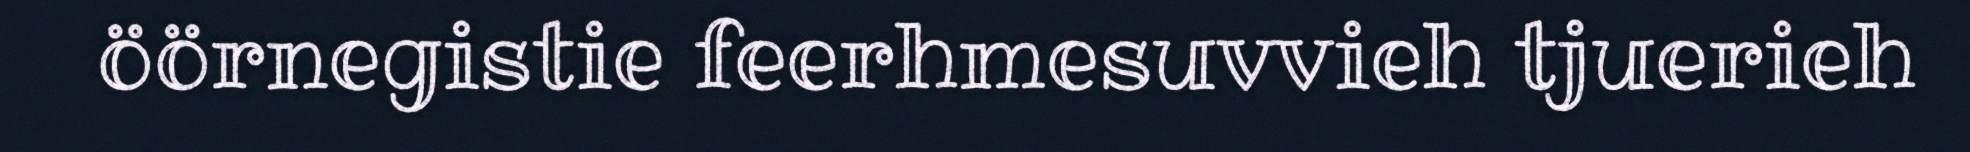
öörnegistie feerhmesuvvieh tjuerieh